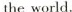
the world.